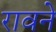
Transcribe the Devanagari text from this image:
रावने